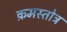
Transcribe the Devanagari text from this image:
क्रमस्तोत्र